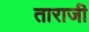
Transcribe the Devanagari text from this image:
ताराजी